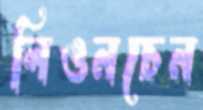
লিওনচেন